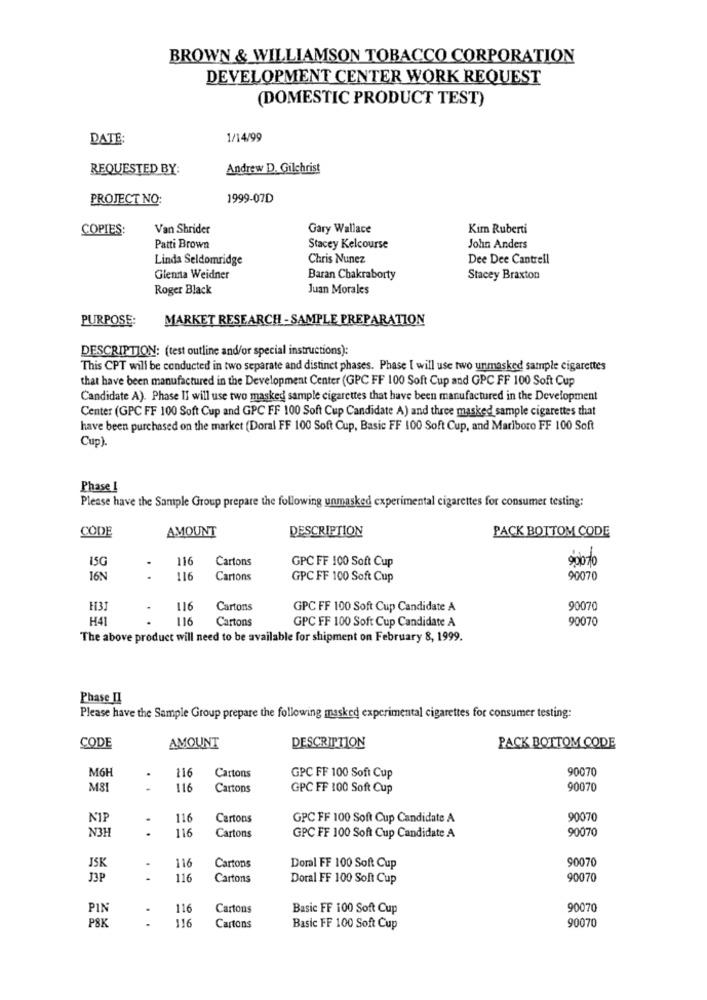
BROWN & WILLIAMSON TOBACCO CORPORATION
DEVELOPMENT CENTER WORK REQUEST
(DOMESTIC PRODUCT TEST)
DATE:
1/14/99
REQUESTED BY:
Andrew D. Gilchrist
PROJECT NO:
1999-07D
COPIES:
Van Shrider
Gary Wallace
Kim Ruberti
Patti Brown
Stacey Kelcourse
John Anders
Linda Seldomridge
Chris Nunez
Dee Dee Cantrell
Glenna Weidner
Baran Chakraborty
Stacey Braxton
Roger Black
Juan Morales
PURPOSE:
MARKET RESEARCH - SAMPLE PREPARATION
DESCRIPTION: (test outline and/or special instructions):
This CPT will be conducted in two separate and distinct phases. Phase I will use two unmasked sample cigarettes
that have been manufactured in the Development Center (GPC FF 100 Soft Cup and GPC FF 100 Soft Cup
Candidate A). Phase II will use two masked sample cigarettes that have been manufactured in the Development
Center (GPC FF 100 Soft Cup and GPC FF 100 Soft Cup Candidate A) and three masked sample cigarettes that
have been purchased on the market (Doral FF 100 Soft Cup, Basic FF 100 Soft Cup, and Marlboro FF 100 Soft
Cup).
Phase 1
Please have the Sample Group prepare the following unmasked experimental cigarettes for consumer testing:
CODE
AMOUNT
DESCRIPTION
PACK BOTTOM CODE
15G
116
Cartons
GPC FF 100 Soft Cup
16N
..
116
Cartons
GPC FF 100 Soft Cup
90070
H3
116
Cartons
GPC FF 100 Soft Cup Candidate A
90070
H41
.
116
Cartons
GPC FF 100 Soft Cup Candidate A
90070
The above product will need to be available for shipment on February 8, 1999.
Phase II
Please have the Sample Group prepare the following masked experimental cigarettes for consumer testing:
CODE
AMOUNT
DESCRIPTION
PACK BOTTOM CODE
M6H
90070
.
116
Cartons
GPC FF 100 Soft Cup
M&
116
Cartons
GPC FF 100 Soft Cup
90070
.
116
Cartons
GPC FF 100 Soft Cup Candidate A
90070
N3H
.
116
90070
Cartons
GPC FF 100 Soft Cup Candidate A
90070
JSK
116
Cartons
Doral FF 100 Soft Cup
J3P
116
Cartons
Doral FF 100 Soft Cup
90070
PIN
116
Cartons
Basic FF 100 Soft Cup
90070
P8K
.
. .
116
Cartons
Basic FF 100 Soft Cup
90070